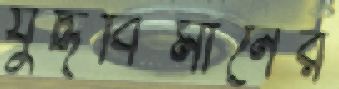
যুদ্ধবিমানের